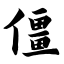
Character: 僵